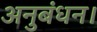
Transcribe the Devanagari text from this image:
अनुबंधन।